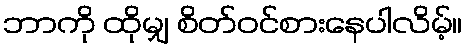
ဘာကို ထိုမျှ စိတ်ဝင်စားနေပါလိမ့်။